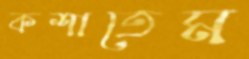
কশাতেম